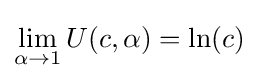
\lim _{\alpha \to 1}U(c,\alpha )=\ln(c)